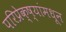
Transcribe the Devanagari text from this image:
परिप्रेक्ष्यांमधून